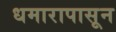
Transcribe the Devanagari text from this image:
धमारापासून